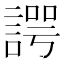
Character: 諤